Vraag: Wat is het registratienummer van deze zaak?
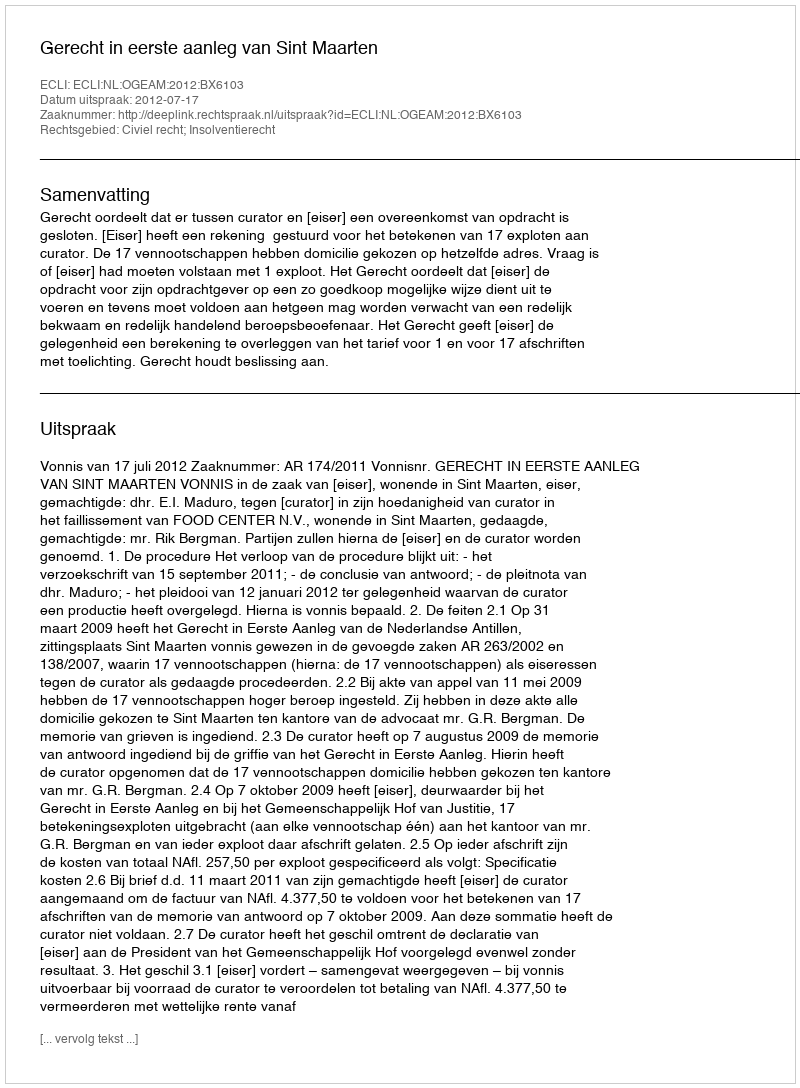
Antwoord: http://deeplink.rechtspraak.nl/uitspraak?id=ECLI:NL:OGEAM:2012:BX6103